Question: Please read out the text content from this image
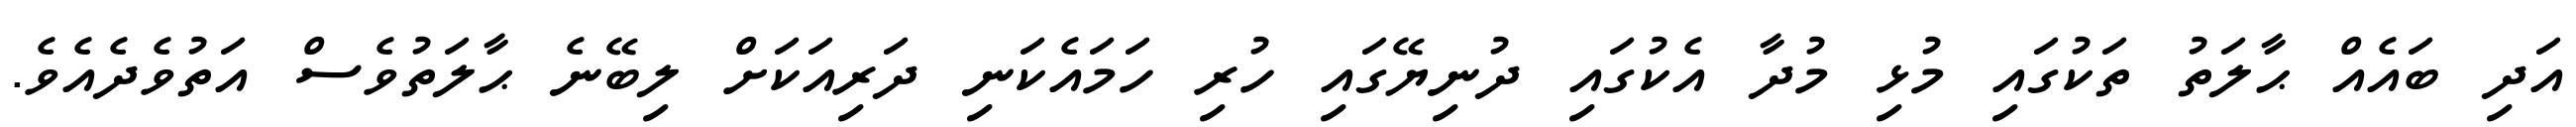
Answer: އަދި ބައެއް ޙާލަތު ތަކުގައި މުޅި މުދާ އެކުގައި ދުނިޔޭގައި ހުރި ހަމައެކަނި ދަރިއަކަށް ލިބޭނެ ޙާލަތުވެސް އަތުވެދެއެވެ.